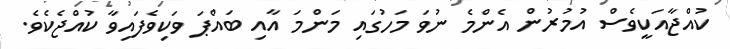
ކުއްޖާއަކީވެސް އުމުރުން އެންމެ ނުވަ މަހުގައި މަންމަ އާއި ބައްޕަ ވަކިވެފައިވާ ކުއްޖެކެވެ.